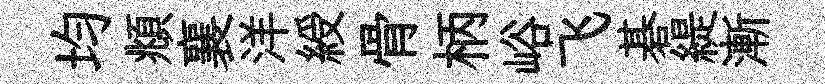
均頫襄洋綬骨柄峪飞碁緹漸